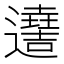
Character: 𨘫